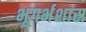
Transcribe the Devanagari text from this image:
भूगर्भशास्र